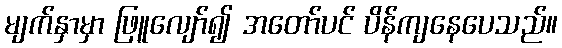
မျက်နှာမှာ ဖြူလျော်၍ အတော်ပင် ပိန်ကျနေပေသည်။